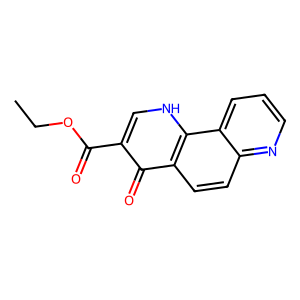
SMILES: CCOC(=O)c1c[nH]c2c(ccc3ncccc32)c1=O
Inhibits HIV replication: No